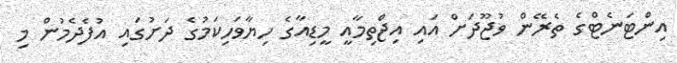
އިންޓަނެޓްގެ ތެރޭން ވުޖޫދަށް އައި އިޖްތިމާއީ މީޑިއާގެ ހިޔާވަހިކަމުގެ ދަށުގައި އުފެދެމުން މި